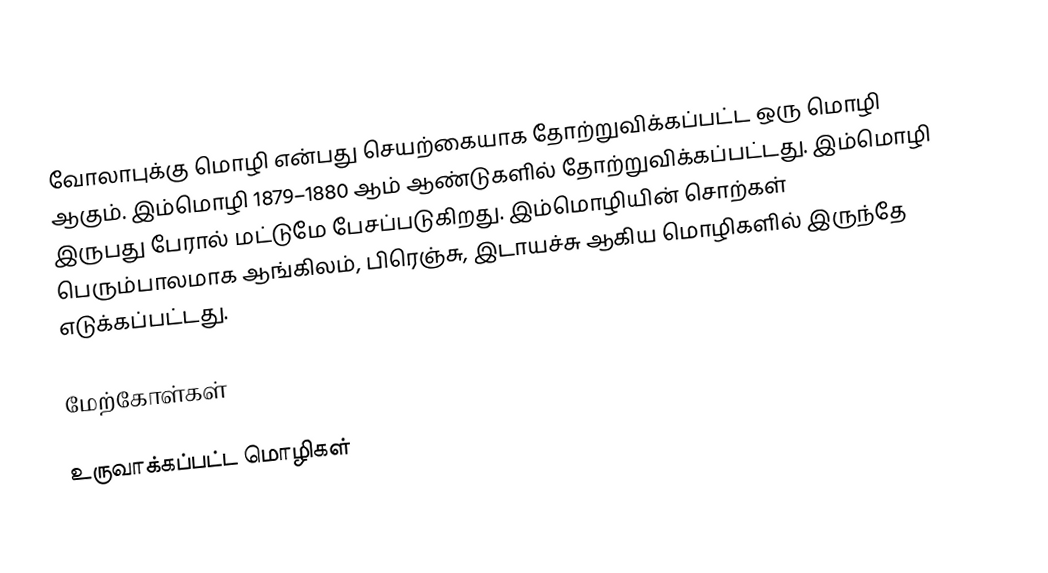
வோலாபுக்கு மொழி என்பது செயற்கையாக தோற்றுவிக்கப்பட்ட ஒரு மொழி ஆகும். இம்மொழி 1879–1880 ஆம் ஆண்டுகளில் தோற்றுவிக்கப்பட்டது. இம்மொழி இருபது பேரால் மட்டுமே பேசப்படுகிறது. இம்மொழியின் சொற்கள் பெரும்பாலமாக ஆங்கிலம், பிரெஞ்சு, இடாயச்சு ஆகிய மொழிகளில் இருந்தே எடுக்கப்பட்டது.

மேற்கோள்கள்

உருவாக்கப்பட்ட மொழிகள்